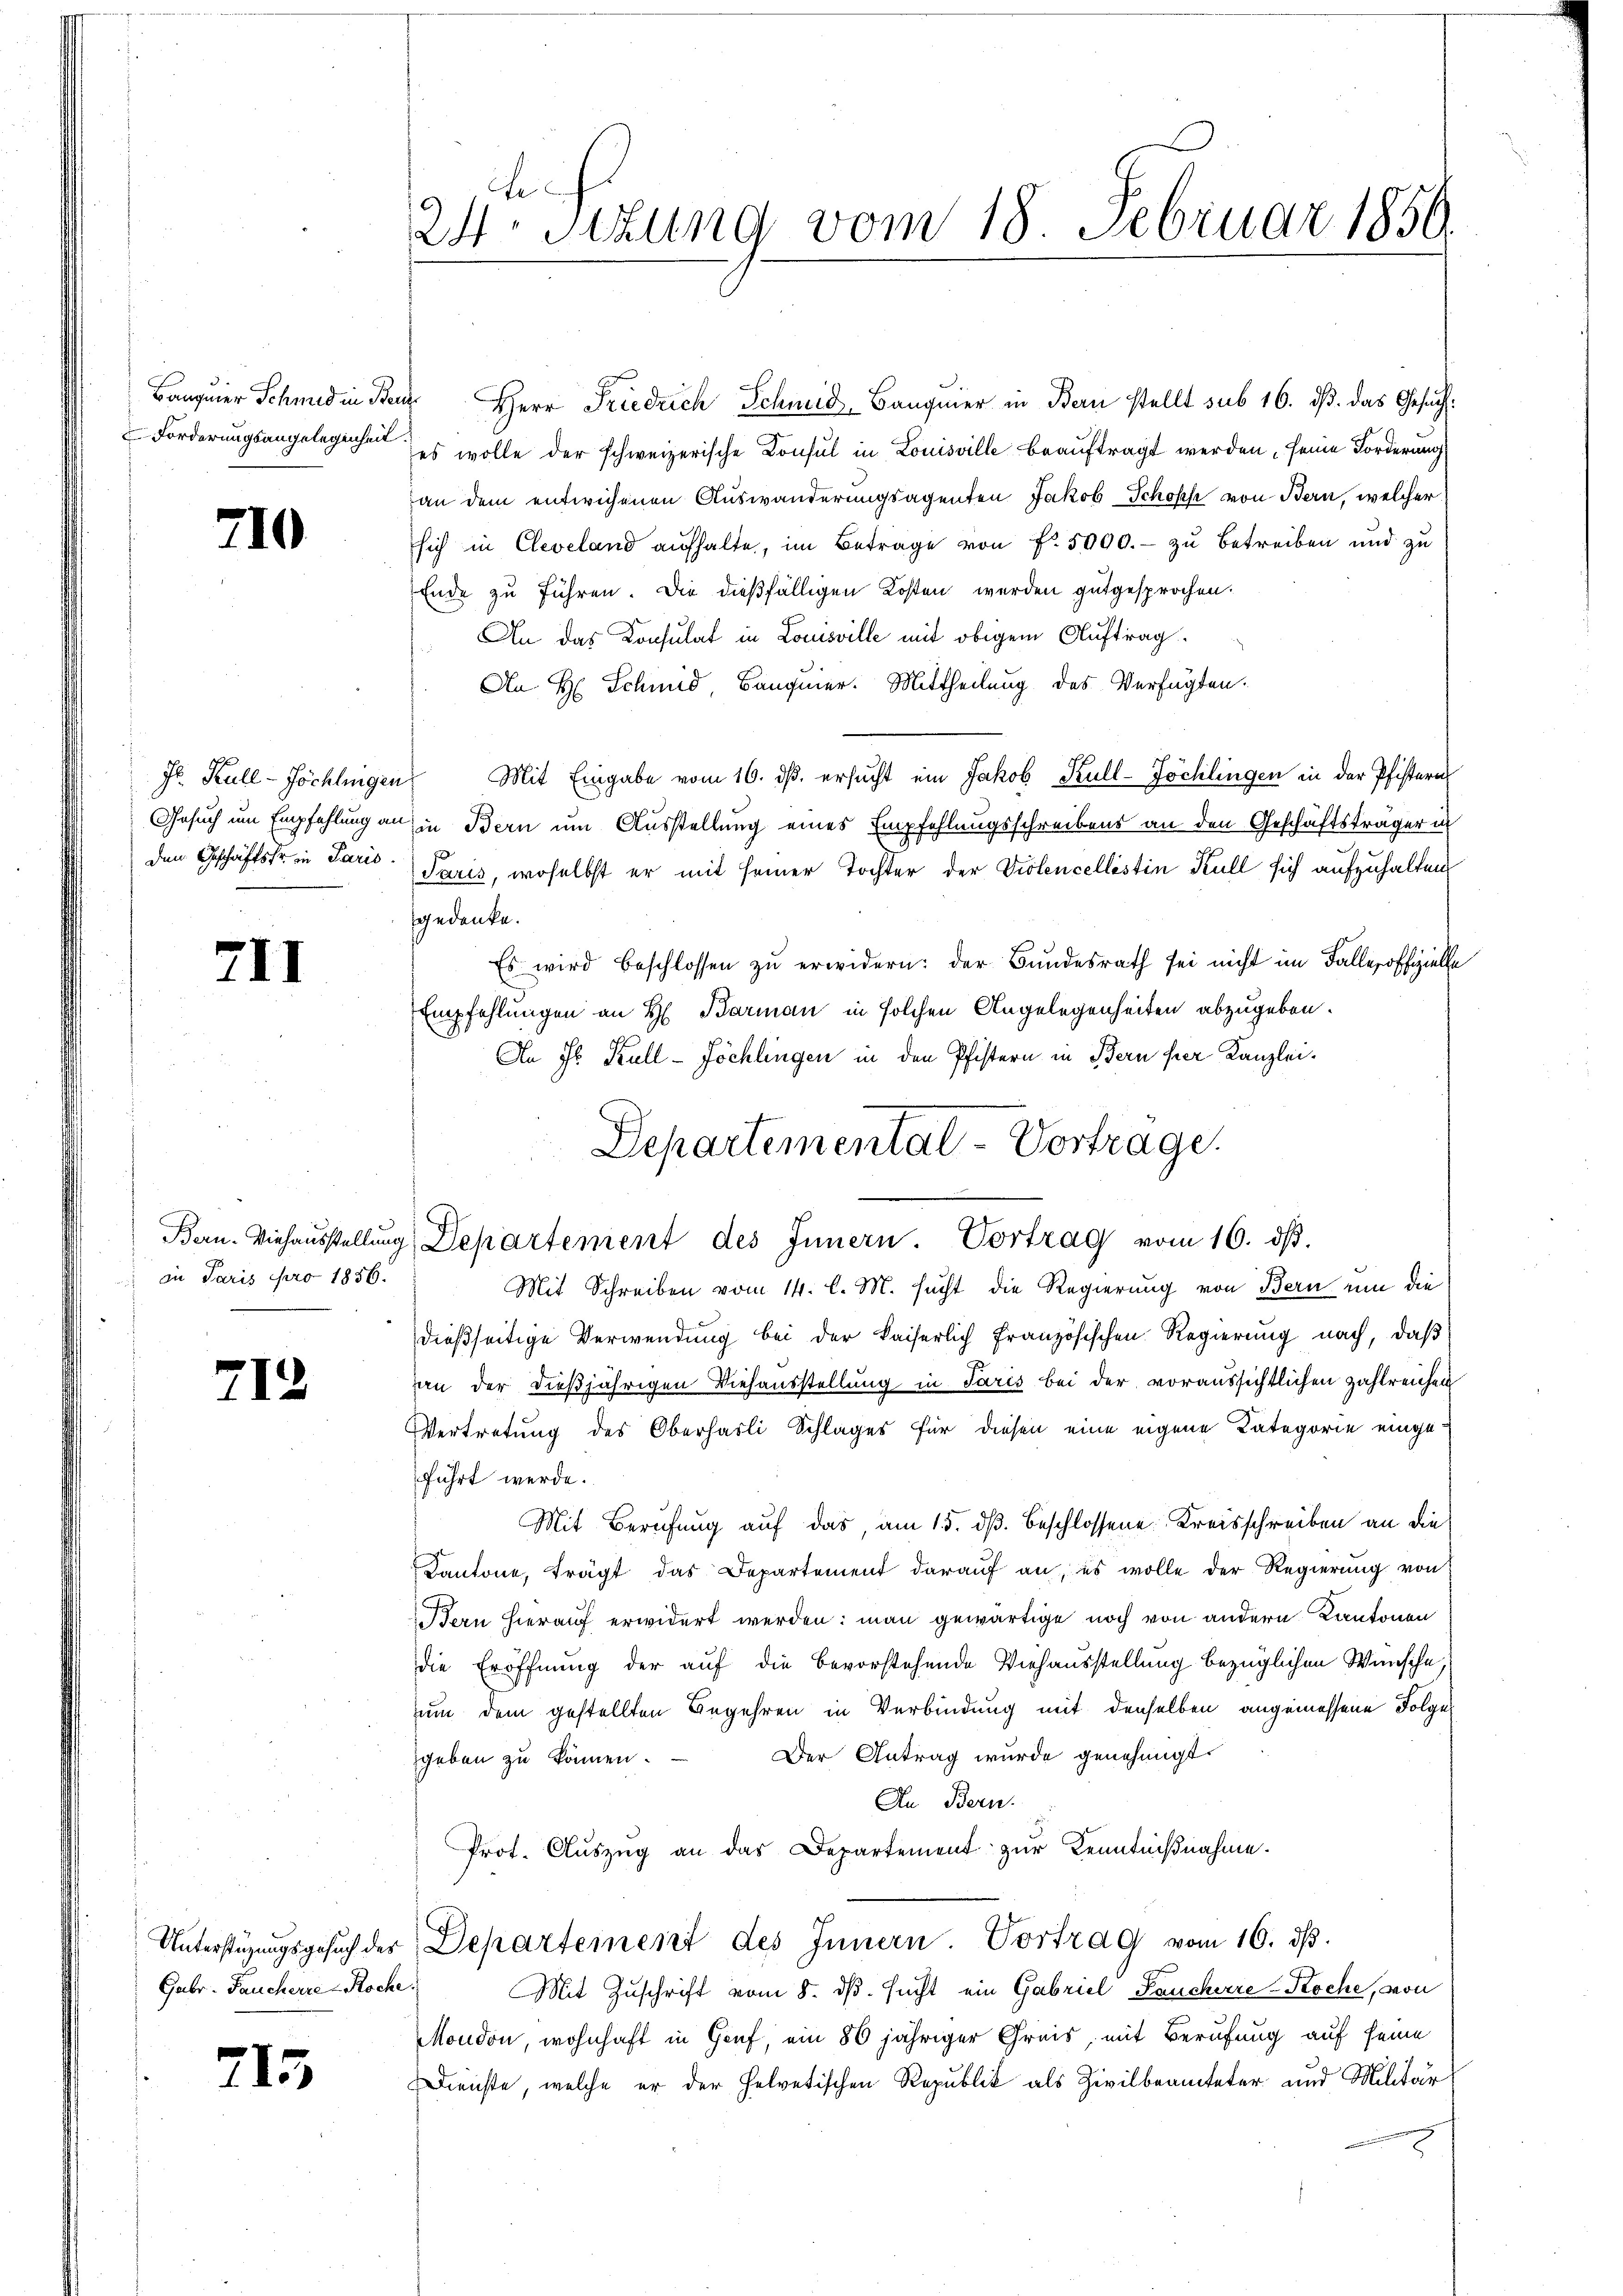
Banquier Schmid in Pr

710

den Geschäftsfr. in Paris

III

712

Gubr. Taucherre Roche.

7

in Paris pro 1856.

3

24. Sizung vom 18. Februar 1859.

u Herr Friedrich Schmid-Baugmer in Bern stellt sub 16. ds. das Gesuch
Forderungsangelegen es wolle der schweizerische Consul in Louisville beauftragt werden, seine Forderung
an dem entwichenen Auswanderungsagenten Jakob Schopf von Bern, welcher
sich in Cleveland aŭfhalte, im Betrage von f. 5000.- zu betreiben und zu
Ende zu führen. Die dießfälligen Kosten werden gutgesprochen.
 An das Konsulat in Louisville mit obigem Auftrag.
An H. Schmid, Banquier. Mittheilung des Verfügten.
Fr. Kull-Jöchlingen Mit Eingabe vom 16. ds. ersucht ein Jakob Kull-Jöchlingen in der Pfistern
Gesuch um Empfehlung an in Bern um Ausstellung eines Empfehlungsschreibens an den Geschäftsträger in
Paris, woselbst er mit seiner Tochter der Violencellistin Kull sich aufzuhalten
sgedenke.
Es wird beschlossen zŭ erwidern: der Bundesrath sei nicht im Falle offizielle
Empfehlungen an H. Barman in solchen Angelegenheiten abzugeben.
An Jb. Kull-Föchlingen in den Pfistern in Bern hier Kanzlei¬
Departemental-Vortrage.

Bern. Viehaŭsstellŭng, Departement des Innern. Vortrag vom 16. ds.

Mit Schreiben vom 14. l. M. sucht die Regierung von Bern um die
dießseitige Verwendung bei der kaiserlich französischen Regierung nach, daβ
an der dießjährigen Viehausstellung in Paris bei der voraussichtlichen zahlreichen
Vertretung des Oberhasli Schlages für diesen eine eigene Kategorie eingeführt werde.
Mit Berufung auf das, am 15. dß. beschlossene Kreisschreiben an die
Kantone, trägt das Departement daraŭf an, es wolle der Regierŭng von
Bern hierauf erwidert werden: man gewärtige noch von andern Kantonen
die Eröffnung der auf die bevorstehende Viehausstellung bezüglichen Wünsche.
uum dem gestellten Begehren in Verbindung mit denselben angemessene Folge
Der Antrag wurde genehmigt.
geben zu können.
An Bern.
Prot. Aŭszŭg an das Departement zŭr Kenntnißnahme.
Unterstüzungsgesŭch der Departement des Innern. Vortrag vom 16. ds.
Mit Zuschrift vom 8. ds. sucht ein Gabriel Pancherre-Koche, von
Mondon, wohnhaft in Genf, ein 86 jähriger Greis, mit Berufung auf seine
Dienste, welche er der Helvetischen Republik als Zivilbeamteter und Militär